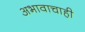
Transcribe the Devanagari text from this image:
अभावाचाही